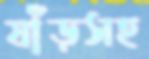
ষাঁড়সহ